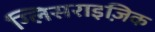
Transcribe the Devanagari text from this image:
ग्लिसराइज़िक